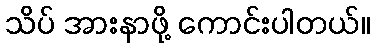
သိပ် အားနာဖို့ ကောင်းပါတယ်။